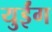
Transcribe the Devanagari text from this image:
युईंग